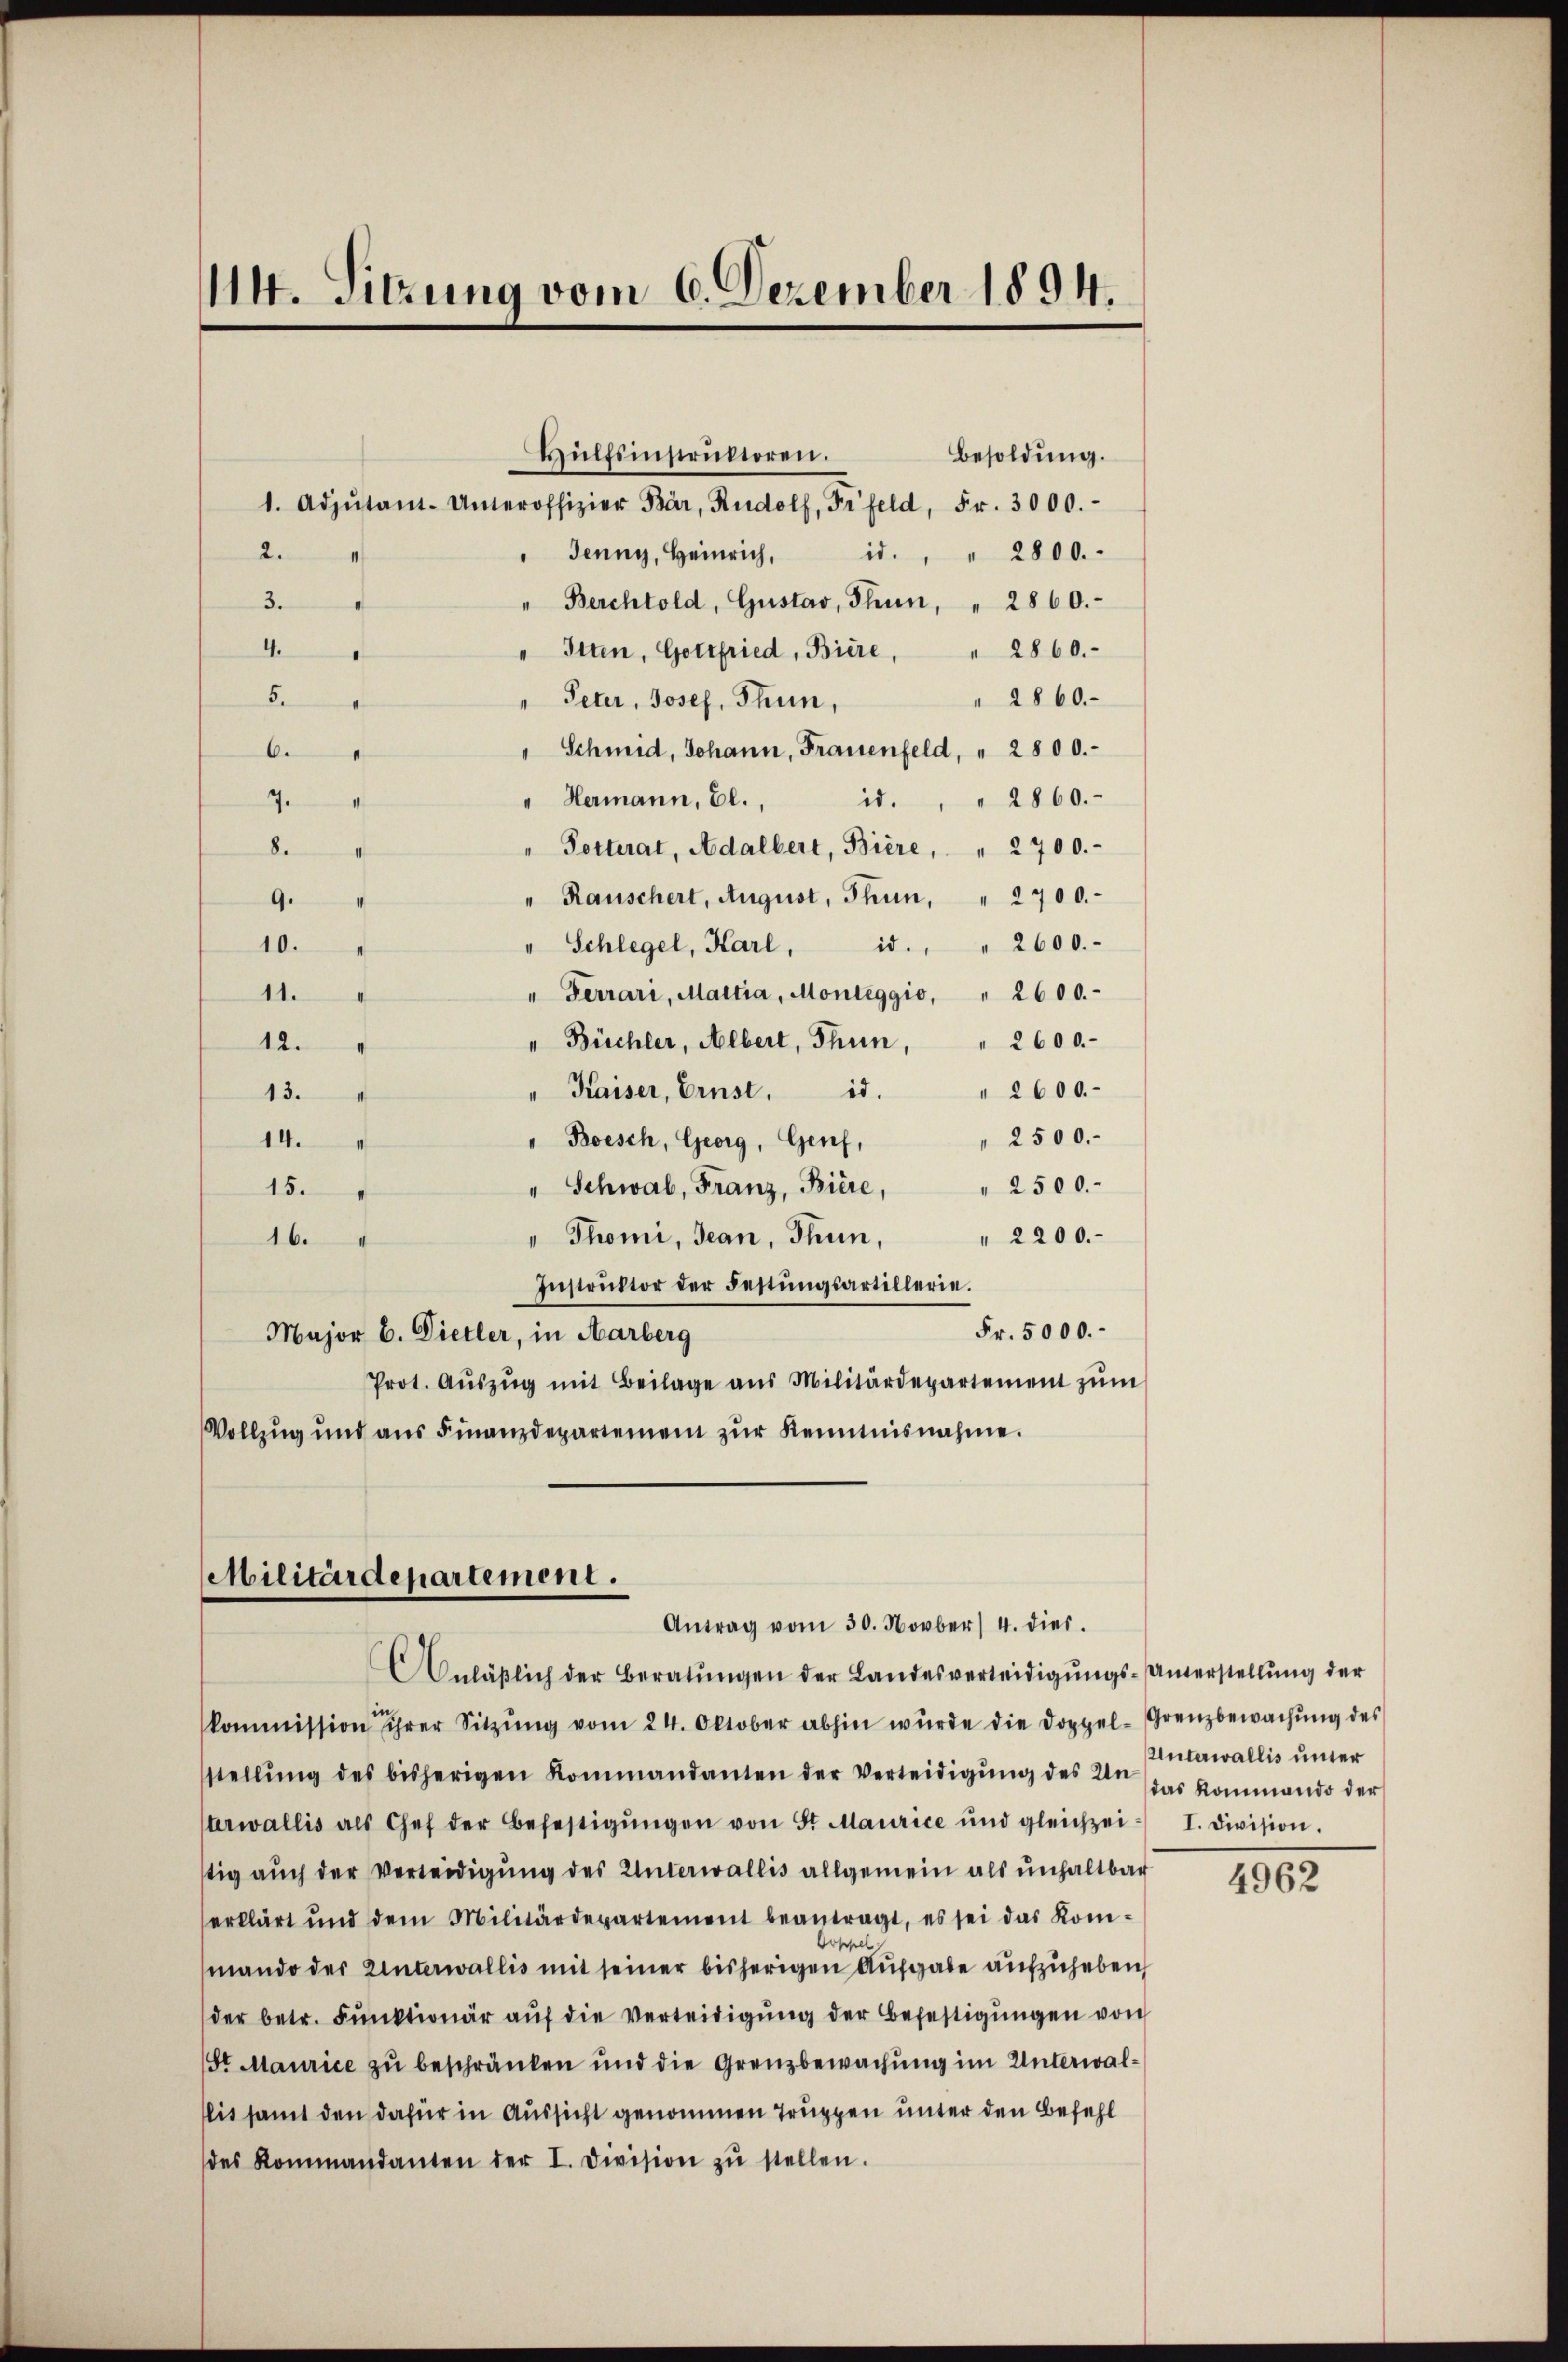
114. Sitzung vom 6. Dezember 1894.

Hülfsinstruktoren.
Besoldung.
1. Adjutant. Unteroffizier Bär, Rudolf, Frfeld, Fr. 3000.-
2.
 Jenny, Heinrich,
id. " 2800.
"Berchtold, Gŭstav, Thun, " 2860.
3.
4.
Itten, Gottfried, Biere, " 2860.
" 2860.
5.
" Peter, Josef, Thun,
Schmid, Johann, Frauenfeld, " 2800.-
6.
" Hermann, El.,
2860.
id.
7.
8.
Potterat, Adalbert, Biere, " 2700.-
Rauschert, August, Thun, " 2700.
9.
10.
id. " 2600.
Schlegel, Karl,
11.
" Ferrari, Martia, Monteggio, " 2600.-
" Büchler, Albert, Thun, " 2600.
12.
 2600.
" Kaiser, Ernst. d.
13.
2500.
14.
" Boesch, Georg, Genf,
" Schwab, Franz, Biere, " 2500.-
15.
" 2200.
" Thomi, Jean, Thun,
16.
Instrŭktor der Festŭngsartillerie.
Fr. 5000.
Major b. Dietler, in Aarberg
Prot. Aŭszŭg mit Beilage aus Militärdepartement zŭm
Vollzug und aŭs Finanzdepartemen zŭr Kenntnisnahme.

Militärdepartement.
Antrag vom 30. Novber 4. dies.
Anläßlich der Beratŭngen der Landesverleidigungs-Unterstellung der

kommission ihrer Sitzŭng vom 24. Oktober abhin wŭrde die Doppel-Grenzbewachŭng des
stellŭng des bisherigen Kommandanten der Verteidigung des Un
terwallis als Chef der Befestigŭngen von St. Maurice und gleichzei- I. Division.
tig aŭch der Verleidigŭng des Unterwallis allgemein als unhaltbar
erklärt und dem Militärdepartement beantragt, es sei das Kom-
mando der Unterwallis mit seiner bisherigen Aufgabe aufzuheben,
der betr. Fŭnktionär aŭf die Verteidigŭng der Befestigŭngen von
St Maurice zu beschränken und die Grenzbewachung im Unterwallit samt den dafür in Aussicht genommen Truppen unter den Befehl
des Kommandanten der I. Division zŭ stellen.

Unterwallis unter
das Kommando der

4962